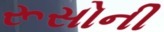
રૂસોની